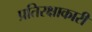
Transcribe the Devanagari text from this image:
प्रतिरक्षाकारी